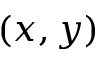
( x , y )